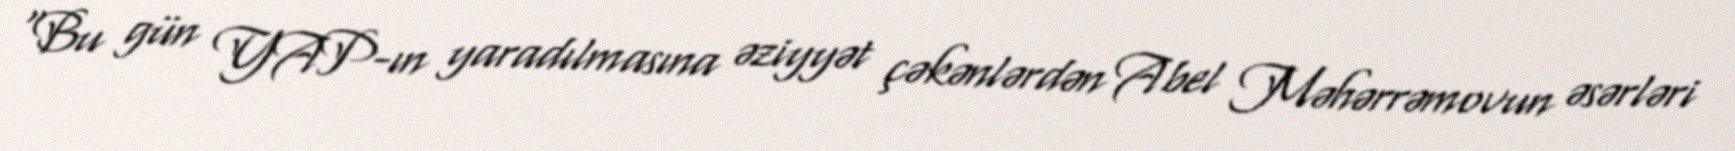
“Bu gün YAP-ın yaradılmasına əziyyət çəkənlərdən Abel Məhərrəmovun əsərləri